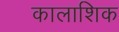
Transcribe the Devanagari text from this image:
कालाशिक